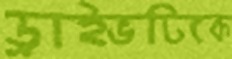
ড্রাইভটিকে